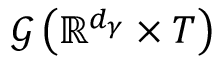
\mathcal { G } \left( \mathbb { R } ^ { d _ { \gamma } } \times T \right)